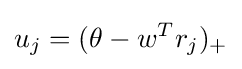
u_{j}=(\theta -w^{T}r_{j})_{+}